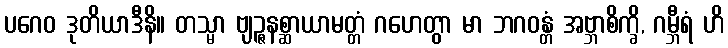
ပဂေဝ ဒုတိယာဒီနိ။ တသ္မာ ဗျဉ္ဇနစ္ဆာယာမတ္တံ ဂဟေတွာ မာ ဘဂဝန္တံ အဗ္ဘာစိက္ခိ, ဂမ္ဘီရံ ဟိ